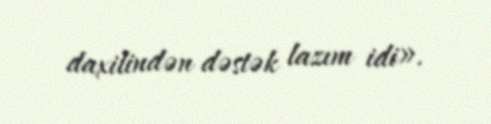
daxilindən dəstək lazım idi».